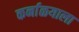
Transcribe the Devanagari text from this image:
कर्नाळयाला